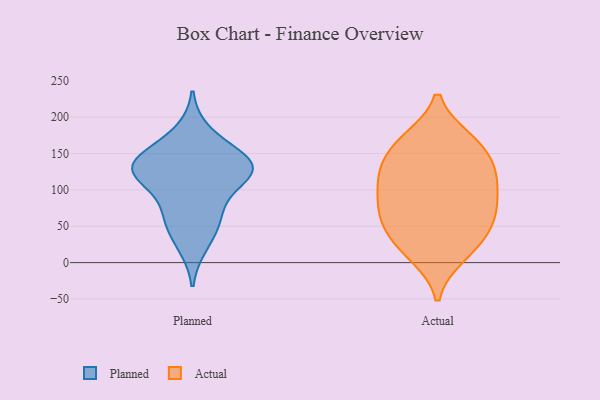
{"axis": {"x": "Active Users", "y": "Value"}, "legend": ["Actual", "Planned"], "data": [{"x": "", "y": 24, "type": "Planned"}, {"x": "", "y": 70, "type": "Planned"}, {"x": "", "y": 134, "type": "Planned"}, {"x": "", "y": 129, "type": "Planned"}, {"x": "", "y": 144, "type": "Planned"}, {"x": "", "y": 121, "type": "Planned"}, {"x": "", "y": 179, "type": "Planned"}, {"x": "", "y": 69, "type": "Planned"}, {"x": "", "y": 49, "type": "Planned"}, {"x": "", "y": 121, "type": "Planned"}, {"x": "", "y": 150, "type": "Planned"}, {"x": "", "y": 116, "type": "Planned"}, {"x": "", "y": 130, "type": "Planned"}, {"x": "", "y": 30, "type": "Actual"}, {"x": "", "y": 14, "type": "Actual"}, {"x": "", "y": 167, "type": "Actual"}, {"x": "", "y": 69, "type": "Actual"}, {"x": "", "y": 128, "type": "Actual"}, {"x": "", "y": 166, "type": "Actual"}, {"x": "", "y": 10, "type": "Actual"}, {"x": "", "y": 82, "type": "Actual"}, {"x": "", "y": 110, "type": "Actual"}, {"x": "", "y": 117, "type": "Actual"}, {"x": "", "y": 148, "type": "Actual"}, {"x": "", "y": 169, "type": "Actual"}, {"x": "", "y": 50, "type": "Actual"}, {"x": "", "y": 76, "type": "Actual"}, {"x": "", "y": 43, "type": "Actual"}, {"x": "", "y": 128, "type": "Actual"}, {"x": "", "y": 107, "type": "Actual"}, {"x": "", "y": 67, "type": "Actual"}]}